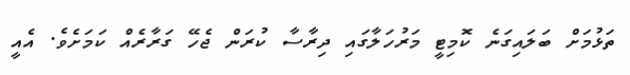
ތަޅުމަށް ބަލައިގަނެ ކޮމިޓީ މަރުހަލާގައި ދިރާސާ ކުރަން ޖެހޭ ގަރާރެއް ކަމަށެވެ. އެއީ